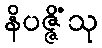
နိပဇ္ဇိံသု